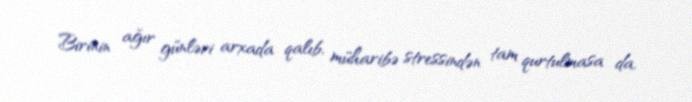
Birinin ağır günləri arxada qalıb, müharibə stressindən tam qurtulmasa da,